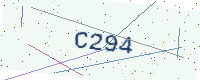
Text: C294